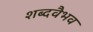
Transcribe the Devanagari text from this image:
शब्दवैभव